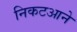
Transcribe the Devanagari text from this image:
निकटआने